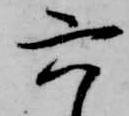
六